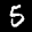
Label: 5